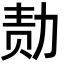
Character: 𪟝